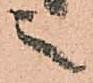
之